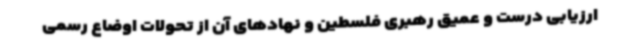
ارزیابی درست و عمیق رهبری فلسطین و نهادهای آن از تحولات اوضاع رسمی